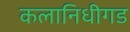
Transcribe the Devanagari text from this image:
कलानिधीगड